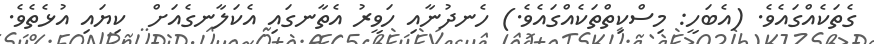
ގެތަކެއްގައެވެ. (އެބަހީ: މިސްކިތްތަކެއްގައެވެ.) ހެނދުނާއި ހަވީރު އެތާނގައި އެކަލާނގެއަށް  ކިޔައި އުޅެތެވެ.